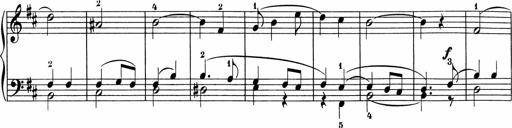
Title: 5 Sonatinen fÃ¼r die Jugend
Composer: Carl Reinecke